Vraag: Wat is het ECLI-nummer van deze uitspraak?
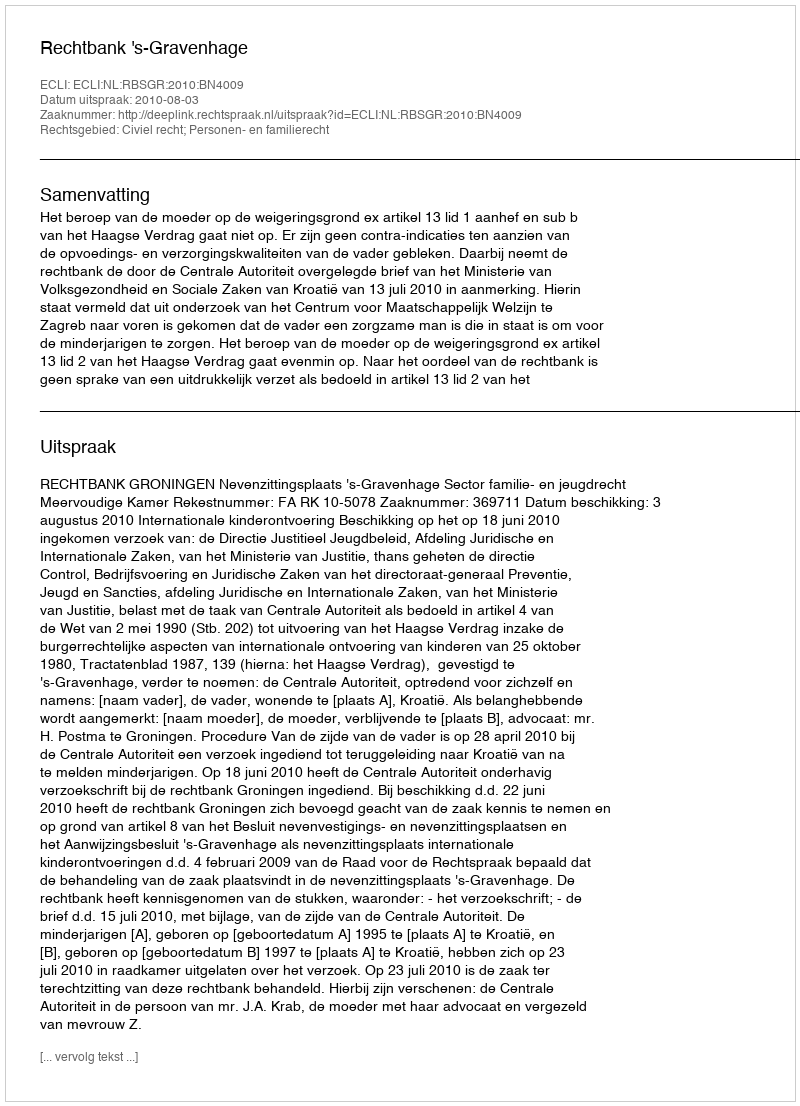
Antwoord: ECLI:NL:RBSGR:2010:BN4009